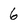
Character: 6